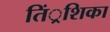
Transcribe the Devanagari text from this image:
तिं्रशिका